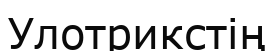
Улотрикстің